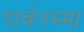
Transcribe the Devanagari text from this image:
पार्वतम्मा